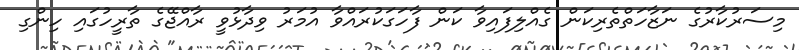
މިސަރުކާރުގެ ނަޒާހަތްތެރިކަން ގެއްލިފައިވާ ކަން ފާހަގަކުރައްވާ އުމަރު ވިދާޅުވީ ރާއްޖޭގެ ތާރީހުގައި ހިންގި